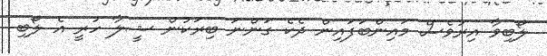
ލޯބިވާ އިރުވެސް މައިންބަފައިން ދެކެ ގަންނަ ބިރަކުން ޝީލާ ހުރީ އެ ލޯބި